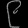
Digit: ၉